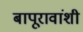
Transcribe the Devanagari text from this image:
बापूरावांशी